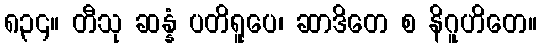
၈၃၄။ တီသု ဆန္နံ ပတိရူပေ၊ ဆာဒိတေ စ နိဂူဟိတေ။